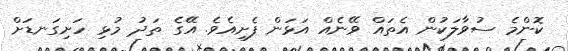
ކޮންމެ ސުވާލަކުން އެތައް ވޭނެއް އަޅަން ފެށިއެވެ. އޭގެ ތަދު މުޅި ހަށިގަނޑަށް